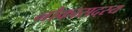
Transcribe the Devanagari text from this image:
नौकासदस्य